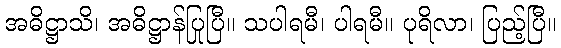
အဓိဋ္ဌာသိ၊ အဓိဋ္ဌာန်ပြုပြီ။ သပါရမီ၊ ပါရမီ။ ပုရိလာ၊ ပြည့်ပြီ။